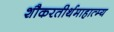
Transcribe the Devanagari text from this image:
शौकरतीर्थमाहात्म्य